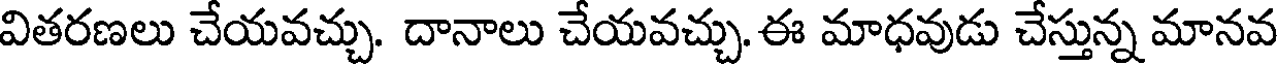
వితరణలు చేయవచ్చు. దానాలు చేయవచ్చు. ఈ మాధవుడు చేస్తున్న మానవ